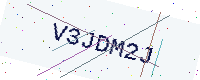
Text: V3JDM2J